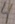
Text: 4